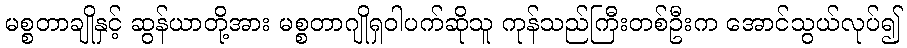
မစ္စတာချိုနှင့် ဆွန်ယာတို့အား မစ္စတာဂျိုရှဝါပက်ဆိုသူ ကုန်သည်ကြီးတစ်ဦးက အောင်သွယ်လုပ်၍